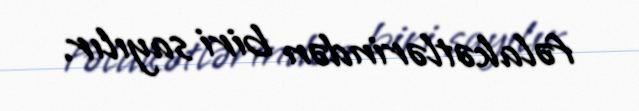
fəlakətlərindən biri sayılır.